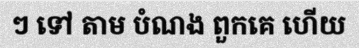
ៗ ទៅ តាម បំណង ពួកគេ ហើយ